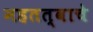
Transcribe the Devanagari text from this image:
महतत्वाचे